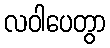
လဝါပေတွာ